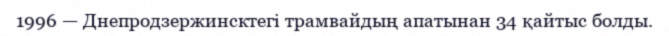
1996 — Днепродзержинсктегi трамвайдың апатынан 34 қайтыс болды.